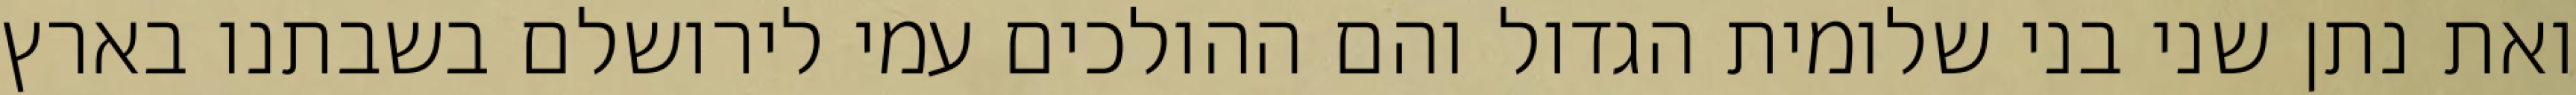
ואת נתן שני בני שלומית הגדול והם ההולכים עמי לירושלם בשבתנו בארץ